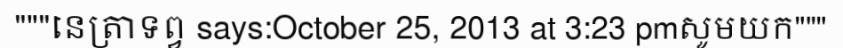
"""នេត្រាទព្វ says:October 25, 2013 at 3:23 pmសូមយក"""